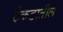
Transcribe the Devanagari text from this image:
टेकडातील